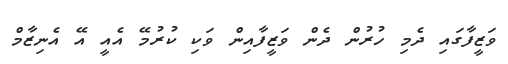
ވަޒީފާގައި ދެމި ހުރުން ދެން ވަޒީފާއިން ވަކި ކުރުމޭ އެއީ އޭ އެނިޒާމް